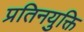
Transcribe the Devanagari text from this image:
प्रतिनयुक्ति